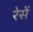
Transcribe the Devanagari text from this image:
रेसें